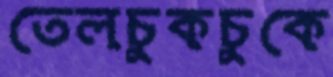
তেলচুকচুকে